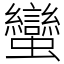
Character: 蠻